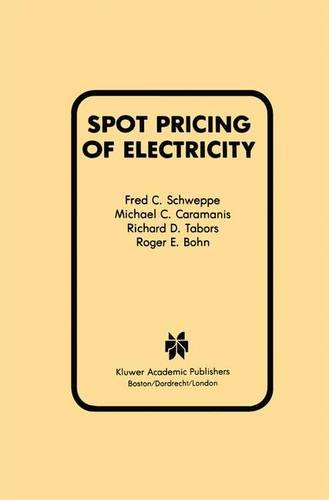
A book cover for Spot Pricing of Electricity (Power Electronics and Power Systems); Fred C. Schweppe; Business & Money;